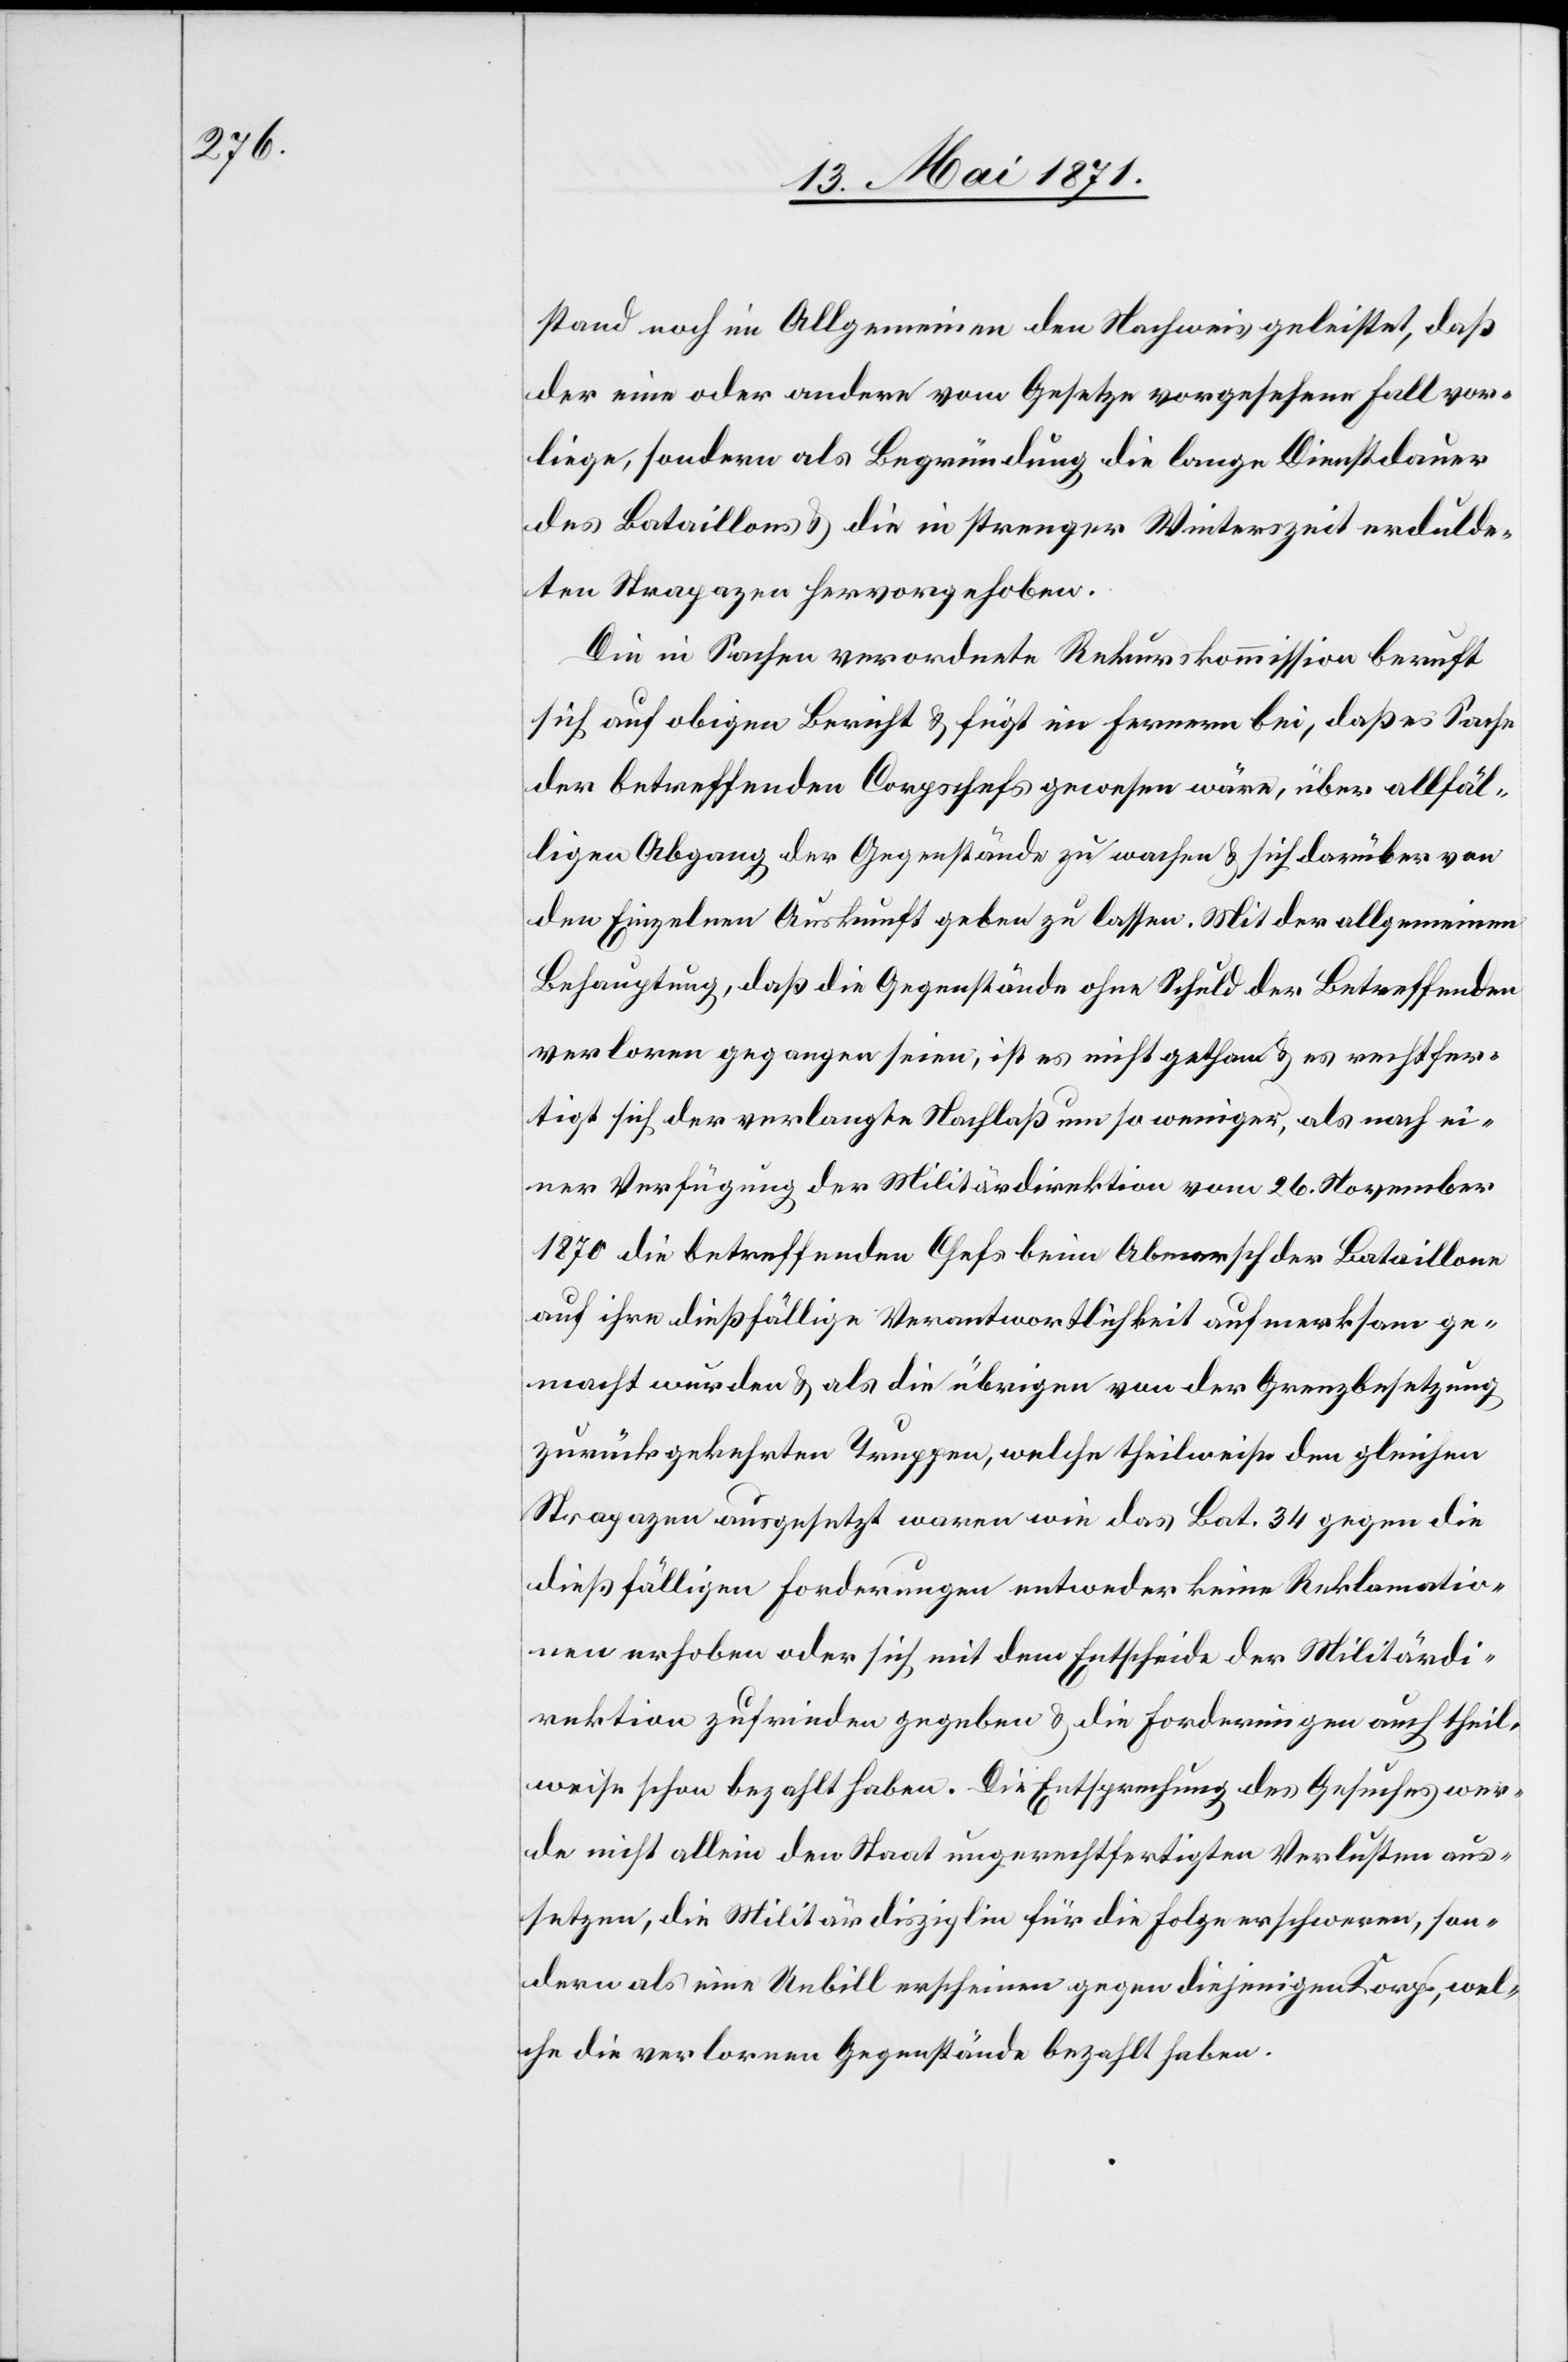
stand noch im Allgemeinen den Nachweis geleistet, daß
der eine oder andere vom Gesetze vorgesehene Fall vor¬
liege, sondern als Begründung die lange Dienstdauer
des Bataillons u. die in strenger Winterzeit erdulde¬
ten Strapazen hervorgehoben.
Die in Sachen verordnete Rekurskommission beruft
sich auf obigen Bericht u. fügt im fernern bei, daß es Sache
der betreffenden Corpschefs gewesen wäre, über allfäl¬
ligen Abgang der Gegenstände zu wachen u. sich darüber von
den Einzelnen Auskunft geben zu lassen. Mit der allgemeinen
Behauptung, daß die Gegenstände ohne Schuld der Betreffenden
verloren gegangen seien, ist es nicht gethan u. es rechtfer¬
tigt sich der verlangte Nachlaß um so weniger, als nach ei¬
ner Verfügung der Militärdirektion vom 26. November
1870 die betreffenden Chefs beim Abmarsch der Bataillone
auf ihre dießfällige Verantwortlichkeit aufmerksam ge¬
macht wurden u. als die übrigen von der Grenzbesetzung
zurückgekehrten Truppen, welche theilweise den gleichen
Strapazen ausgesetzt waren wie das Bat. 34 gegen die
dießfälligen Forderungen entweder keine Reklamatio¬
nen erhoben oder sich mit dem Entscheide der Militärdi¬
rektion zufrieden gegeben u. die Forderungen auch theil¬
weise schon bezahlt haben. Die Entsprechung des Gesuches wer¬
de nicht allein den Staat ungerechtfertigten Verlusten aus¬
setzen, die Militärdisziplin für die Folge erschweren, son¬
dern als eine Unbill erscheinen gegen diejenigen Korps, wel¬
che die verlorenen Gegenstände bezahlt haben.